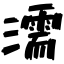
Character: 濡